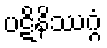
ပဋိနိဿဂ္ဂံ